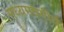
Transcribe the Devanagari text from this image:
मध्यमवगीर्य